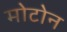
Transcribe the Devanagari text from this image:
मोटोन